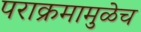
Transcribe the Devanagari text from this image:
पराक्रमामुळेच